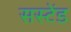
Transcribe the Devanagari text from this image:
सस्टेंड